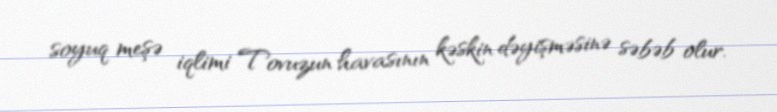
soyuq meşə iqlimi Tovuzun havasının kəskin dəyişməsinə səbəb olur.